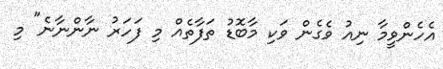
އެހެންވީމާ ނިއު ވެގެން ވަކި މާބޮޑު ތަފާތެއް މި ފަހަރު ނާންނާނެ" މި